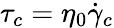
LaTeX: \tau_{c}=\eta_{0}\dot{\gamma}_{c}